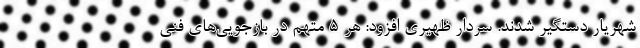
شهریار دستگیر شدند. سردار ظهیری افزود: هر ۵ متهم در بازجویی‌های فنی